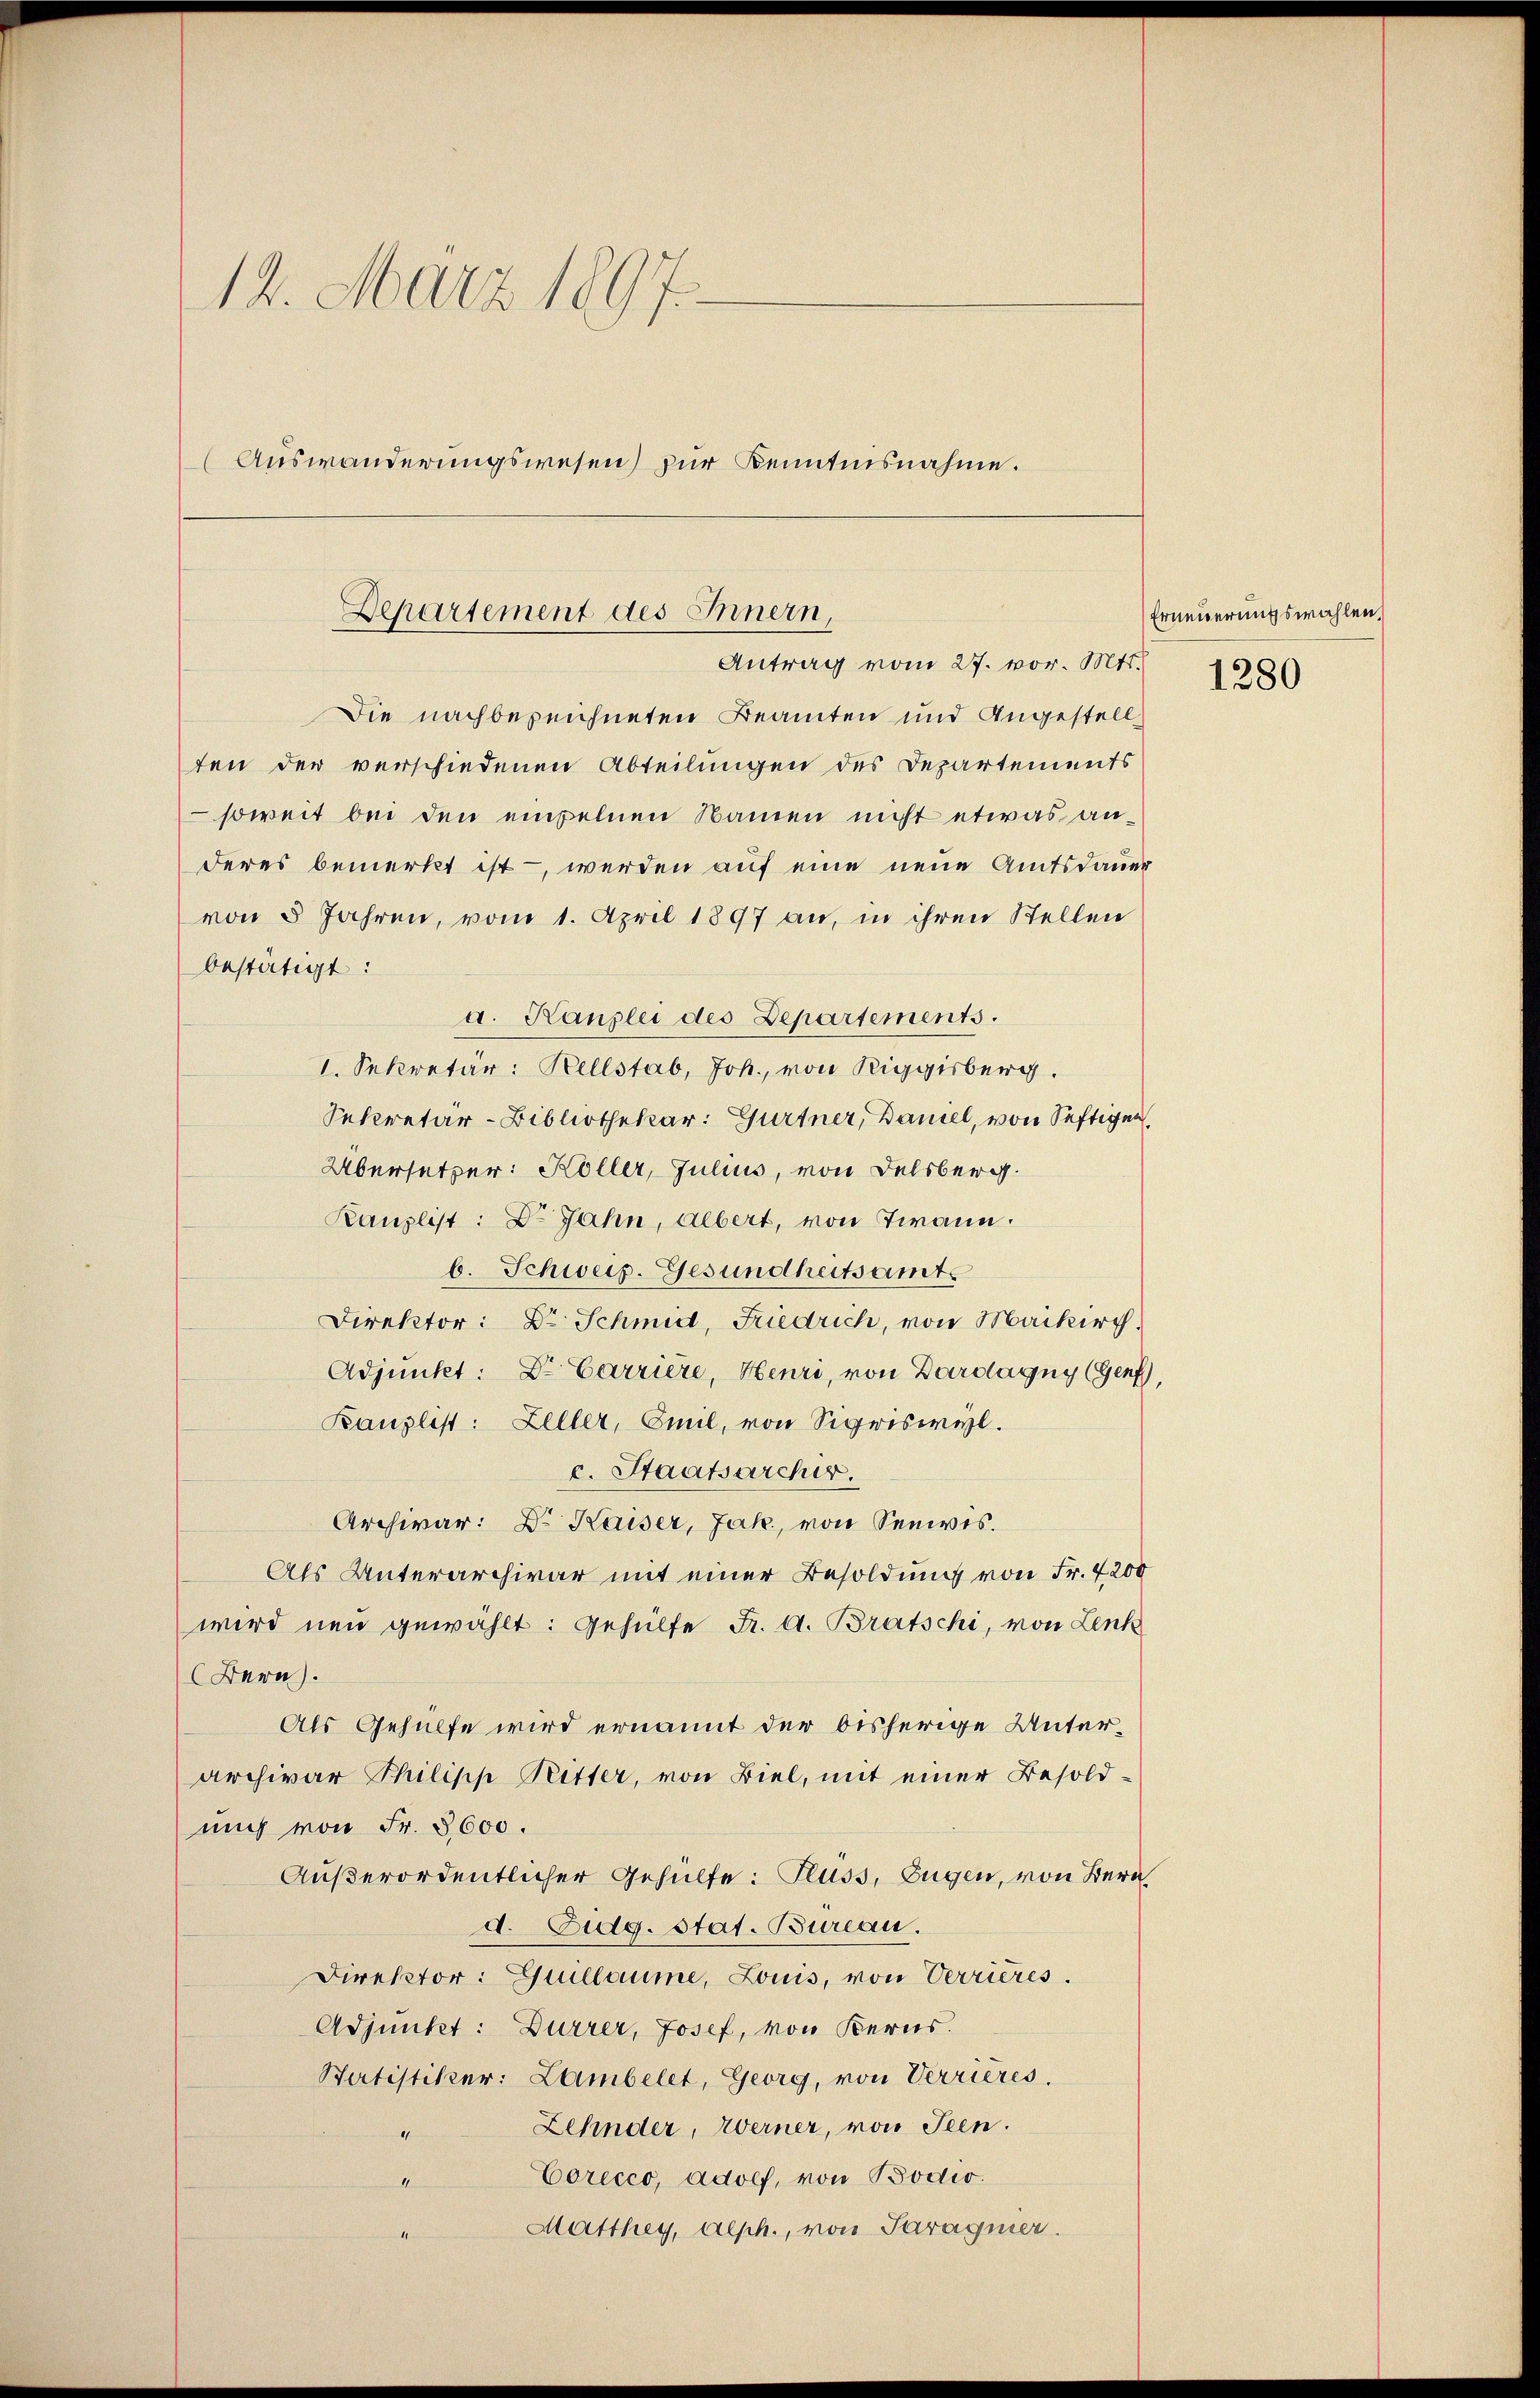
12. März 1897.
(Auswanderungswesen) zur Kenntnisnahme.

Departement des Innern,
Antrag vom 27. vor. Mts.

Die nachbezeichneten Beamten und Angestellten der verschiedenen Abteilungen des Departements
soweit bei den einzelnen Namen nicht etwas an¬
Feres bemerkt ist - werden auf eine neue Amtsdauer
von 5 Jahren, vom 1. April 1897 an, in ihren Stellen
bestätigt:
a. Kanzlei des Departements.
I. Sekretär: Rellstab, Joh. von Riggisberg.
Sekretär-Bibliothekar: Gurtner, Daniel, von Seftigen,
Übersetzer: Köller, Julius, von Delsberg.
Kanzlist: Dr. Jahn, Albert, von Twann.
b. Schweiz. Gesundheitsamts
Direktor: Dr. Schmid, Friedrich, von Maikirch
Adjunket: Dr. Carriere, Henri, von Dardagny (Genf,
Kanzlist: Zeller, Emil, von Sigriswyl.
c. Staatsarchir.
Archivar: Dr. Kaiser, Jak, von Seewis.
Als Unterarchivar mit einer Besoldung von Fr. 4200
wird neu gewählt: Gehülfe Fr. A. Bratschi, von Lenk
Bern.
Als Gehülfe wird ernannt der bisherige Unterarchivar Philipp Ritter, von Biel, mit einer Besoldmich von Fr. 8600.
Außerordentlicher Gehülfe: Fluss, Eugen, von Bern
d. Eidg. Stat. Bureau.
Direktor: Guillaume, Louis, von Verrieres.
Adjunket: Durrer, Josef, von Kerns.
Satistiker: Lambelet, Georg, von Verrieres.
Zehnder, Werner, von Seen.
Corecco, Adolf, von Bodio.
4
Matthey, Alph., von Paragner.

Erneuerungswahlen,

1280